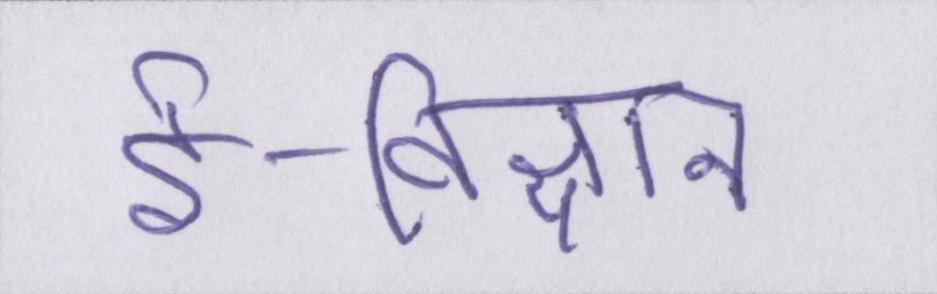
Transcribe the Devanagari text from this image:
ई-विज्ञान